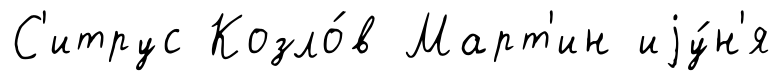
С'итрус Козло́в Март'ин иjу́н'я